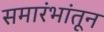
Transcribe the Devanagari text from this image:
समारंभांतून